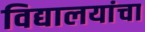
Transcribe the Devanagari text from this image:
विद्यालयांचा